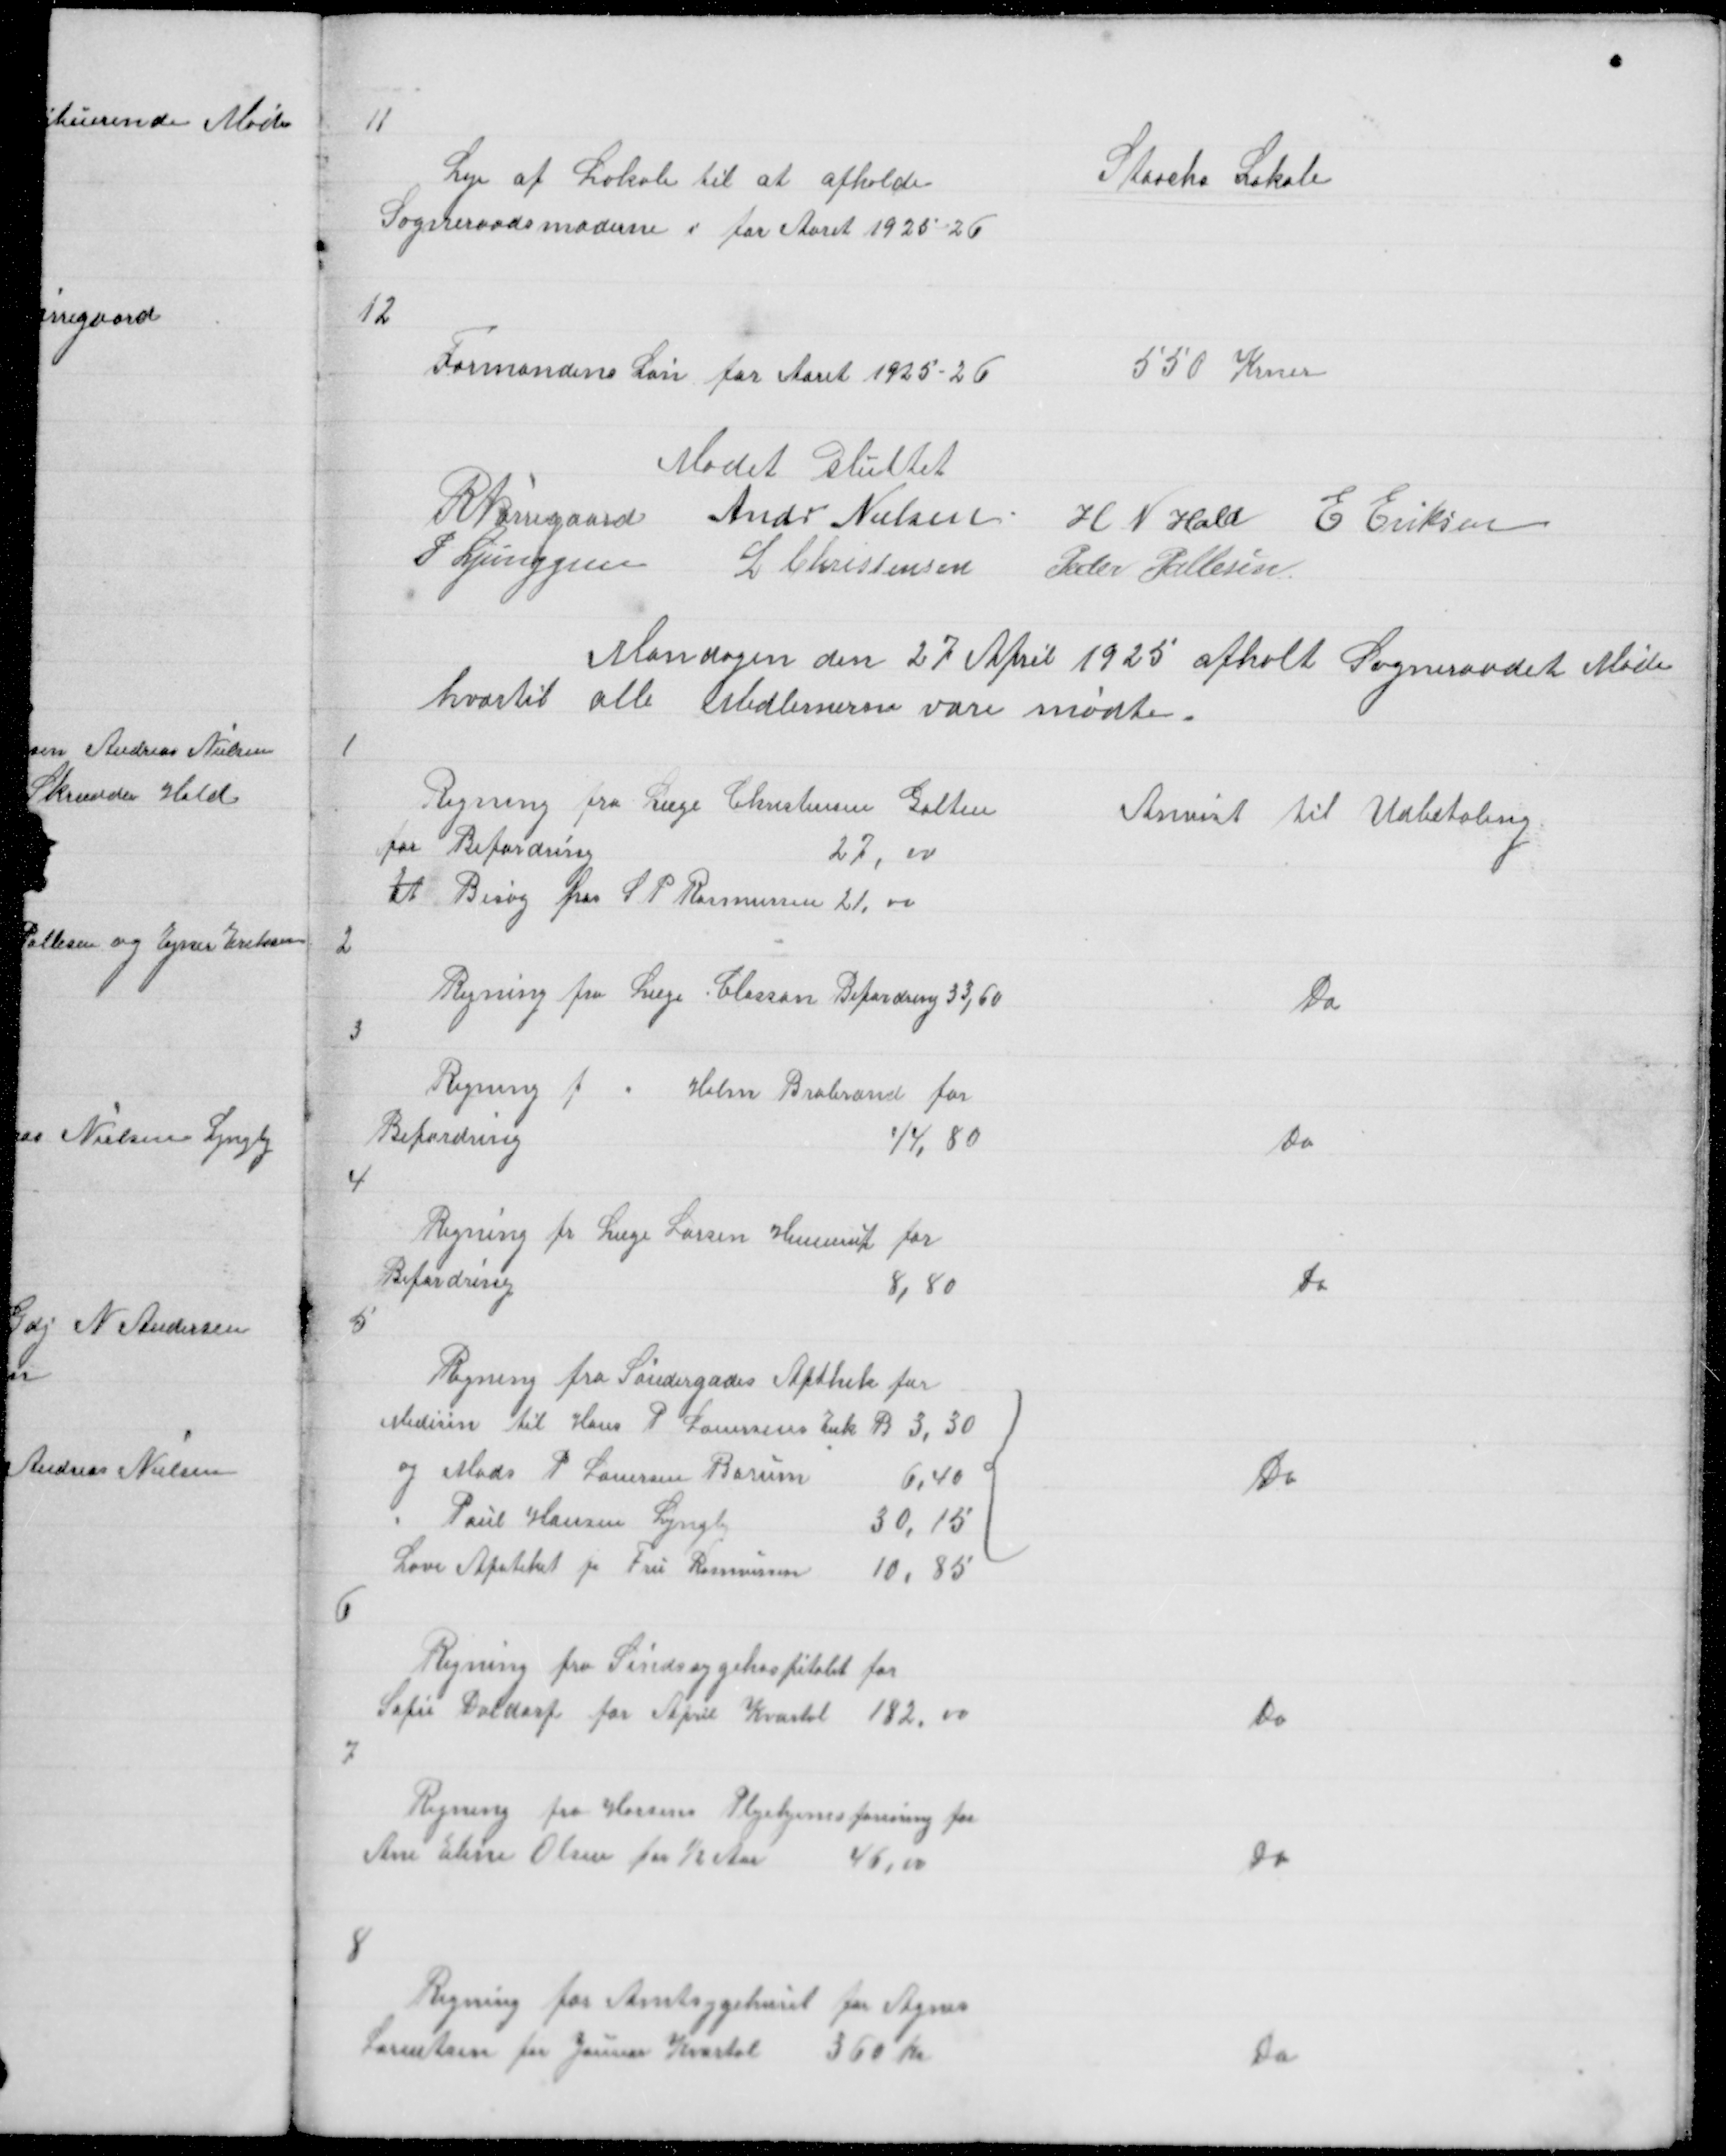
Transskription:
11

Staacks Lokale

Leje af Lokale til at afholde
Sogneraadsmøderne i for Aaret 1925 - 26

12

Formandens Løn for Aaret 1925 - 26

550 Krner

Mødet sluttet
R. Nørregaard Andr Nilsen H N Hald E Eriksen
P Lunggren L Christensen Peder Pallesen

Mandagen den 27 April 1925 afholt Sognraadet Møde
hvortil alle Medlemerne vare mødte

1

Regning fra Læge Christensen Galten
for Befordring
27,00
Et Besøg hos S P Rasmussen 21,00

Anvist til Udbetaling

2

Regning fra Læge Classon Befordring 33,60

Do

3

Regning f " Holm Brabrand for
Befordring
44,80
4

Do

Regning fr Læge Larsen Hinnerup for
Befordring
8,80
5

Do

Regning fra Søndergades Apthek for
Medisin til Hans P Lauersens Enk B 3,30
og Mads P Lauersen Borum 6,40
" Poul Hansen Lyngby
30,15
{
Løve Apoteket fr Fru Rasmussen 10,85

Do

6

Regning fra Sindsygehospitalet for
Sofie Daldorf for April Kvartal 182,00

Do

7

Regning fra Horsens Plejehjemsforening for
Ane Eline Olsen for ½ Aar 46,00

Do

8

Regning fra Amtsygehuset for Agnes
Lorentsen for Januar Kvartal 360 Kr

Do